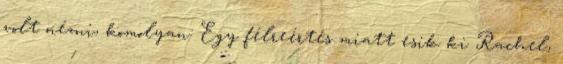
volt nézni, komolyan: Egy félreértés miatt esik ki Rachel,